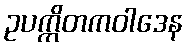
ဥပက္ကိတကဝါဒေန